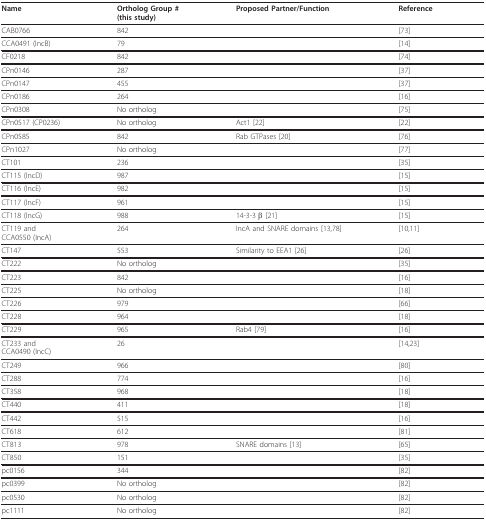
| Name | Ortholog Group #(this study) | Proposed Partner/Function | Reference |
 | --- | --- | --- | --- |
 | CAB0766 | 842 |  | [73] |
 | CCA0491 (IncB) | 79 |  | [14] |
 | CF0218 | 842 |  | [74] |
 | CPn0146 | 287 |  | [37] |
 | CPn0147 | 455 |  | [37] |
 | CPn0186 | 264 |  | [16] |
 | CPn0308 | No ortholog |  | [75] |
 | CPn0517 (CP0236) | No ortholog | Act1 [22] | [22] |
 | CPn0585 | 842 | Rab GTPases[20] | [76] |
 | CPn1027 | No ortholog |  | [77] |
 | CT101 | 236 |  | [35] |
 | CT115 (IncD) | 987 |  | [15] |
 | CT116 (IncE) | 982 |  | [15] |
 | CT117 (IncF) | 961 |  | [15] |
 | CT118 (IncG) | 988 | 14-3-3 β [21] | [15] |
 | CT119 andCCA0550 (IncA) | 264 | IncA and SNARE domains [13,78] | [10,11] |
 | CT147 | 553 | Similarity to EEA1[26] | [26] |
 | CT222 | No ortholog |  | [35] |
 | CT223 | 842 |  | [16] |
 | CT225 | No ortholog |  | [18] |
 | CT226 | 979 |  | [66] |
 | CT228 | 964 |  | [18] |
 | CT229 | 965 | Rab4 [79] | [16] |
 | CT233 andCCA0490 (IncC) | 26 |  | [14,23] |
 | CT249 | 966 |  | [80] |
 | CT288 | 774 |  | [16] |
 | CT358 | 968 |  | [18] |
 | CT440 | 411 |  | [18] |
 | CT442 | 515 |  | [16] |
 | CT618 | 612 |  | [81] |
 | CT813 | 978 | SNARE domains [13] | [65] |
 | CT850 | 151 |  | [35] |
 | pc0156 | 344 |  | [82] |
 | pc0399 | No ortholog |  | [82] |
 | pc0530 | No ortholog |  | [82] |
 | pc1111 | No ortholog |  | [82] |